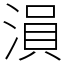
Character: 溳